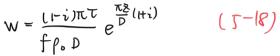
$W = \frac{(1 - i)\pi}{f_{p}D}e^{\frac{\pi\sum_{i = 1}^{N}t_{i}}{D}} \quad (5 - 18)$